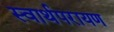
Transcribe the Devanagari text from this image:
स्वार्थपरायण